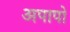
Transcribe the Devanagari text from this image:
अपापो